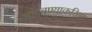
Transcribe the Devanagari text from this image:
थांबवण्याकरिता